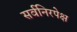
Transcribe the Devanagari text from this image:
सर्वनिरपेक्ष